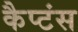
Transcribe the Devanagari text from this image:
कैप्‍टंस